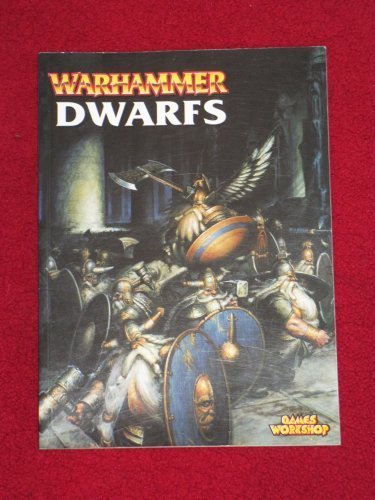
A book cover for Warhammer Armies: Warhammer Dwarfs; Gavin Thorpe; Teen & Young Adult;